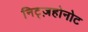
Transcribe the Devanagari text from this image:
निट्ज़होनोट